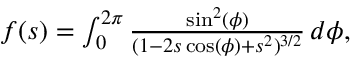
\begin{array} { r } { f ( s ) = \int _ { 0 } ^ { 2 \pi } \frac { \sin ^ { 2 } ( \phi ) } { ( 1 - 2 s \cos ( \phi ) + s ^ { 2 } ) ^ { 3 / 2 } } \, d \phi , } \end{array}